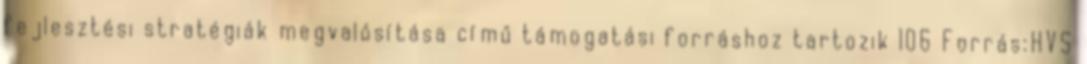
fejlesztési stratégiák megvalósítása című támogatási forráshoz tartozik 106 Forrás:HVS